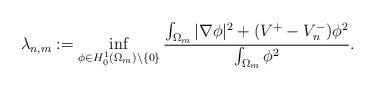
LaTeX: \begin{align*}\lambda_{n,m} := \inf_{\phi \in H^1_0(\Omega_m)\setminus \{0\}}\frac{\int_{\Omega_m} |\nabla \phi|^2 + (V^+- V_n^-) \phi^2}{\int_{\Omega_m}\phi^2}.\end{align*}